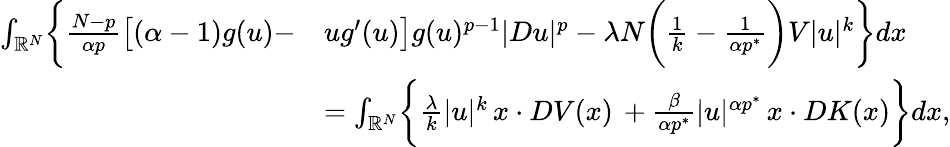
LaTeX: \begin{array}{rl}{\int_{\mathbb R^{N}}\biggr\{ \frac{N-p}{\alpha p}\bigl[(\alpha-1)g(u)-}&{ug^{\prime}(u)\bigr]g(u)^{p-1}|Du|^{p}-\lambda N\biggl(\frac{1}{k}-\frac{1}{\alpha p^{*}}\biggl)V|u|^{k}\biggr\} dx}\\ &{=\int_{\mathbb R^{N}}\biggl\{ \frac{\lambda}{k}|u|^{k}\, x\cdot DV(x)\, +\frac{\beta}{\alpha p^{*}}|u|^{\alpha p^{*}}\, x\cdot DK(x)\biggr\} dx,}\end{array}